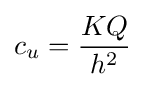
c_{u}={\frac {KQ}{h^{2}}}